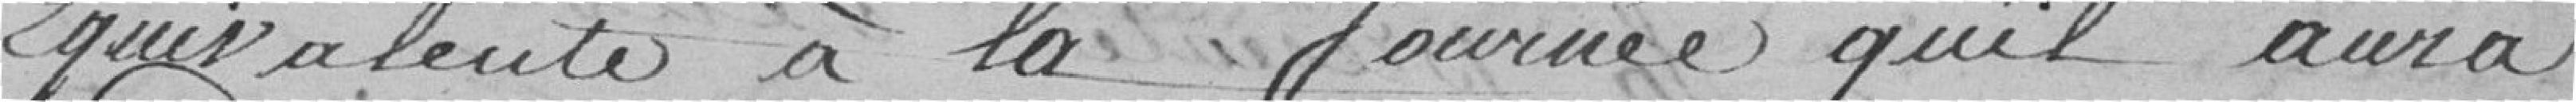
équivalente à la journée qu'il aura